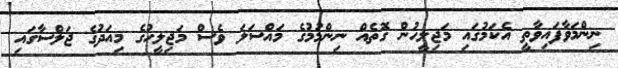
ނިންމަވާފައިވާތީ އެކަމުގައި މަޖިލީހުން ގޮތެއް ނިންމުމުގެ މައްސަލަ ވެސް މަޖިލީހުގެ މިއަދުގެ ޖަލްސާގައި